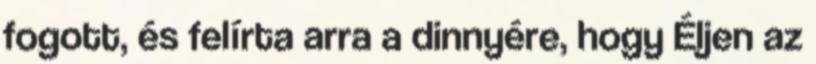
fogott, és felírta arra a dinnyére, hogy Éljen az